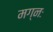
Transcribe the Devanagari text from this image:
मग्नः